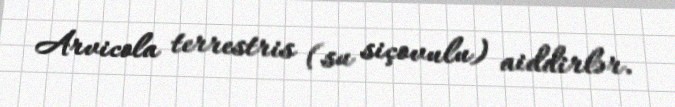
Arvicola terrestris (su siçovulu) aiddirlər.